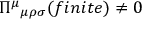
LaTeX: \Pi ^ { \mu } { } _ { \mu \rho \sigma } ( f i n i t e ) \neq 0